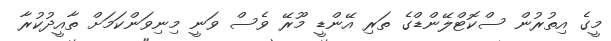
މީގެ އިތުރުން ސްކޮޓްލޭންޑްގެ ތަރި އޭންޑީ މޫރޭ ވެސް ވަނީ މިނިވަންކަމަށް ތާއީދުކުރާ